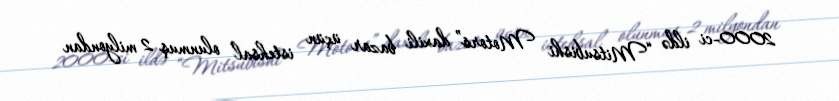
2000-ci ildə “Mitsubishi Motors” daxili bazar üçün istehsal olunmuş 2 milyondan